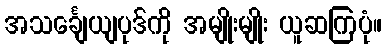
အသင်္ချေယျပုဒ်ကို အမျိုးမျိုး ယူဆကြပုံ။